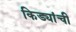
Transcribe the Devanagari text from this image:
किड्यांची